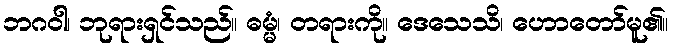
ဘဂဝါ၊ ဘုရားရှင်သည်။ ဓမ္မံ၊ တရားကို။ ဒေသေသိ၊ ဟောတော်မူ၏။